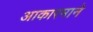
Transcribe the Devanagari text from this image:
आकारमाने